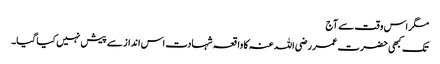
مگر اس وقت سے آج
تک کبھی حضرت عمر رضی اللہ عنہ کا واقعہ شہادت اس انداز سے پیش نہیں کیا گیا۔